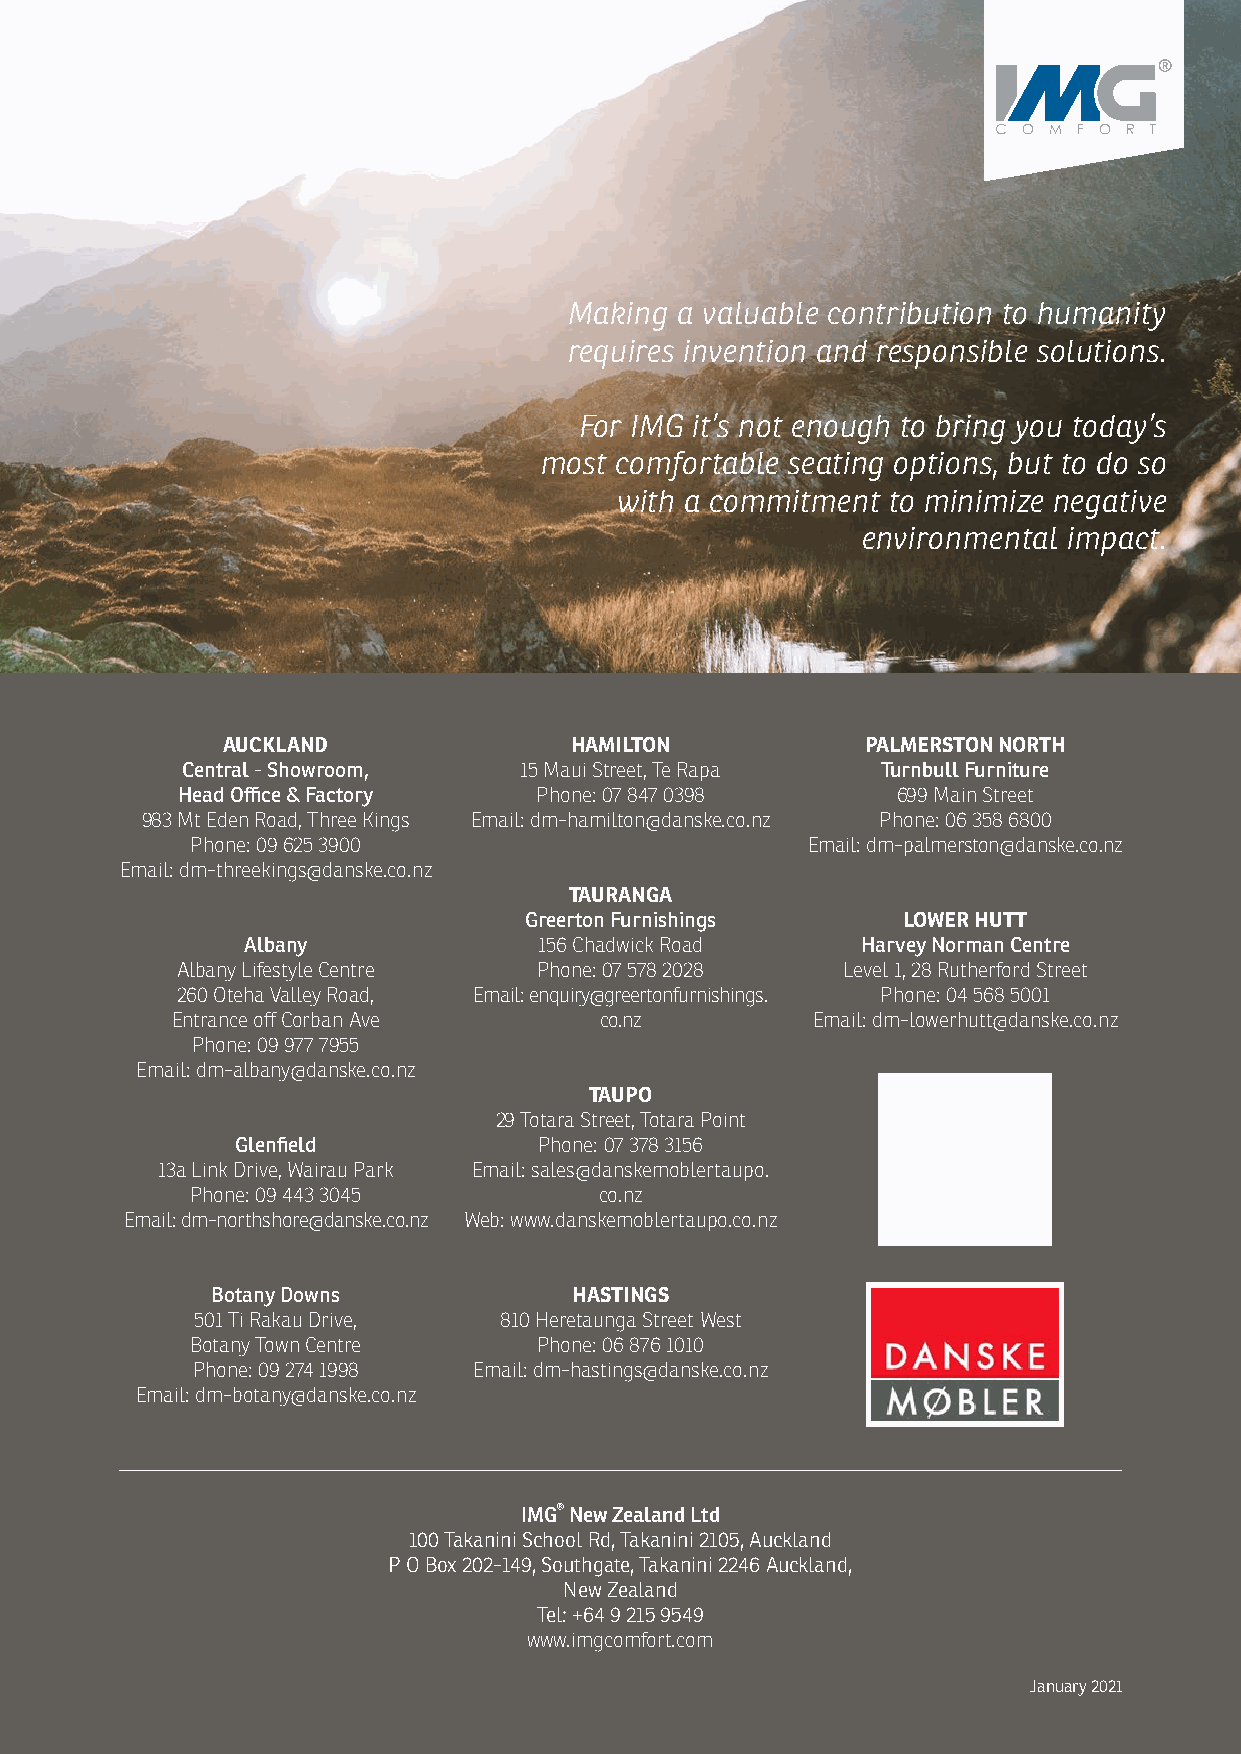
Making a valuable contribution to humanity
 requires invention and responsible solutions.
 For IMG it’s not enough to bring you today’s
 most comfortable seating options, but to do so
 with a commitment to minimize negative
 environmental impact.
 AUCKLAND               HAMILTON           PALMERSTON NORTH
 Central - Showroom,   15 Maui Street, Te Rapa Turnbull Furniture
 Head Office & Factory  Phone: 07 847 0398      699 Main Street
 983 Mt Eden Road, Three Kings Email: dm-hamilton@danske.co.nz Phone: 06 358 6800
 Phone: 09 625 3900                      Email: dm-palmerston@danske.co.nz
 Email: dm-threekings@danske.co.nz
 TAURANGA
 Greerton Furnishings     LOWER HUTT
 Albany              156 Chadwick Road    Harvey Norman Centre
 Albany Lifestyle Centre Phone: 07 578 2028  Level 1, 28 Rutherford Street
 260 Oteha Valley Road, Email: enquiry@greertonfurnishings. Phone: 04 568 5001
 Entrance off Corban Ave      co.nz         Email: dm-lowerhutt@danske.co.nz
 Phone: 09 977 7955
 Email: dm-albany@danske.co.nz
 TAUPO
 29 Totara Street, Totara Point
 Glenfield           Phone: 07 378 3156
 13a Link Drive, Wairau Park Email: sales@danskemoblertaupo.
 Phone: 09 443 3045         co.nz
 Email: dm-northshore@danske.co.nz Web: www.danskemoblertaupo.co.nz
 Botany Downs            HASTINGS
 501 Ti Rakau Drive, 810 Heretaunga Street West
 Botany Town Centre     Phone: 06 876 1010
 Phone: 09 274 1998 Email: dm-hastings@danske.co.nz
 Email: dm-botany@danske.co.nz
 IMG New Zealand Ltd
 100 Takanini School Rd, Takanini 2105, Auckland
 P O Box 202-149, Southgate, Takanini 2246 Auckland,
 New Zealand
 Tel: +64 9 215 9549
 www.imgcomfort.com
 January 2021